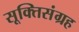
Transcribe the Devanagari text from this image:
सूक्तिसंग्रह